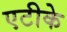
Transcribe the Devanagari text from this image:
एटीके